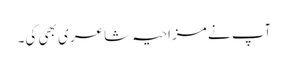
آپ نے مزاحیہ شاعری بھی کی۔